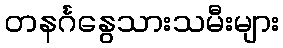
တနင်္ဂနွေသားသမီးများ